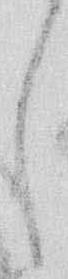
し